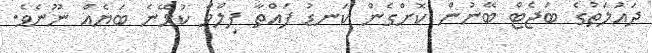
ދައުލަތުގެ ބަޖެޓް ބޭނުން ކޮށްގެން ކަނޑު ފައްތާ ފިލްމް ކުޅޭނެ ބަޔެއް ނޫނެވެ.